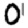
Digit: 0